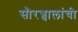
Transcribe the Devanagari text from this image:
सौरज्वालांची